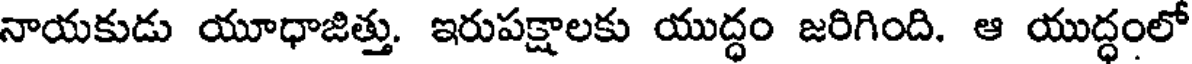
నాయకుడు యూధాజిత్తు. ఇరుపక్షాలకు యుద్ధం జరిగింది. ఆ యుద్ధంలో